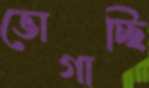
ভোগাচ্ছি